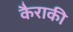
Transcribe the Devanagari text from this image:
कैराकी